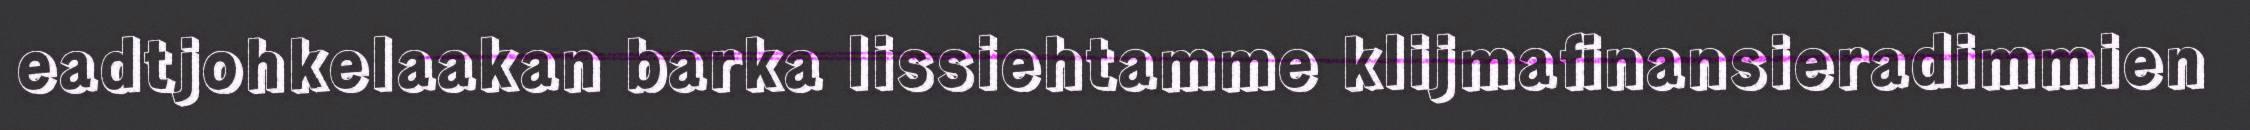
eadtjohkelaakan barka lissiehtamme klijmafinansieradimmien